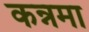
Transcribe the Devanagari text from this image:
कन्नमा